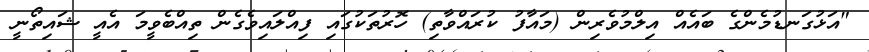
"އަޅުގަނޑުމެންގެ ބައެއް އިލްމުވެރިން (މައާފު ކުރައްވާތި) ހޮރުތަކުގައި ފިއްލައިވެގެން ތިއްބެވީމަ އެއީ ޝައިތޯނީ